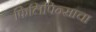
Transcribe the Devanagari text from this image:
फिलिपिन्साचा